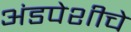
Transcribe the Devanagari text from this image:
अंडपेशीचे